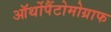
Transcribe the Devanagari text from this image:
ऑर्थोपैंटोमोग्राफ